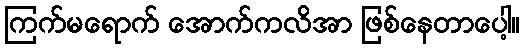
ကြက်မရောက် အောက်ကလိအာ ဖြစ်နေတာပေါ့။